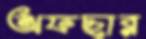
অফছার